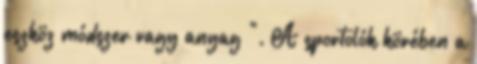
eszköz módszer vagy anyag ". A sportolók körében a